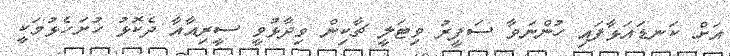
އަށް ކަނޑައަޅާފައި ހުންނަވާ ސަފީރު ވިޓަލީ ޗާކިން ވިދާޅުވީ ސީރިއާއާ ދެކޮޅު ހުށަހެޅުމަކީ